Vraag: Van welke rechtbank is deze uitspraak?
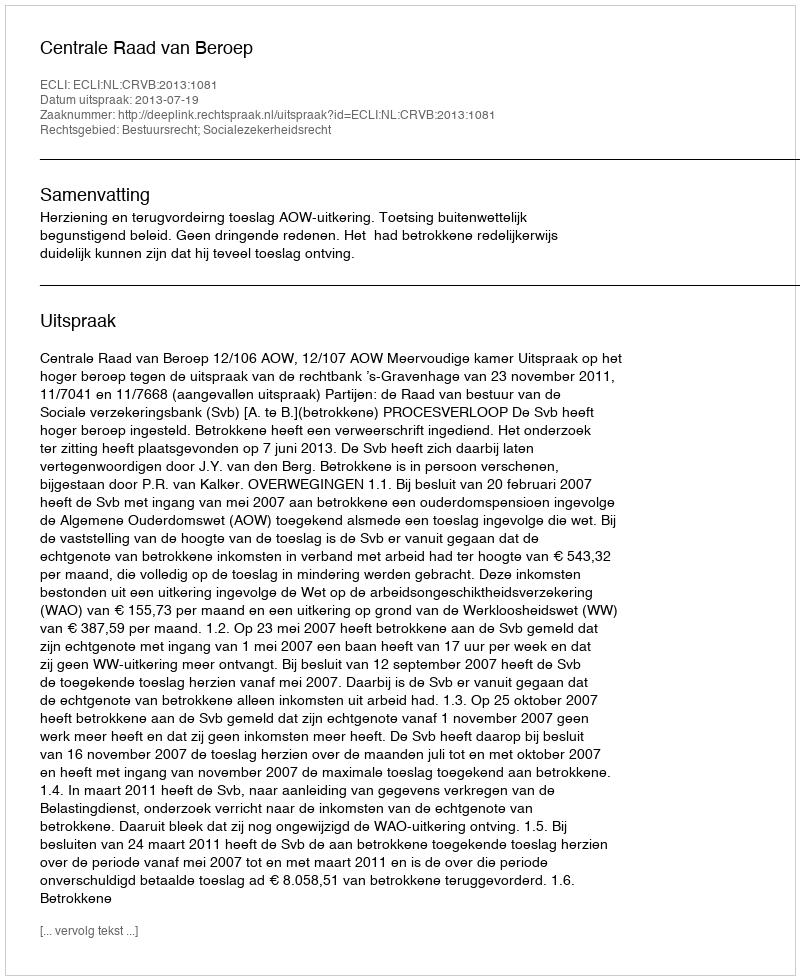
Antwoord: Centrale Raad van Beroep